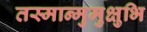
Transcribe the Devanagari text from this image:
तस्मान्मुमुक्षुभि